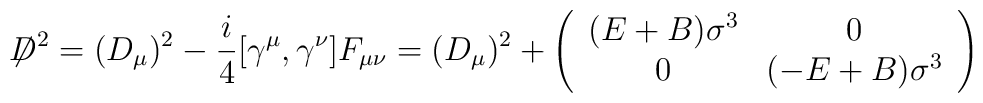
{\not\!\! D}^{2} = (D_\mu)^2 -\frac{i}{4} [\gamma^\mu,\gamma^\nu]F_{\mu \nu}  = (D_\mu)^2 + \left( \begin{array}{cc}      (E + B)\sigma^3 & 0\\0 & (-E + B)\sigma^3 \end{array} \right)